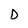
Character: D